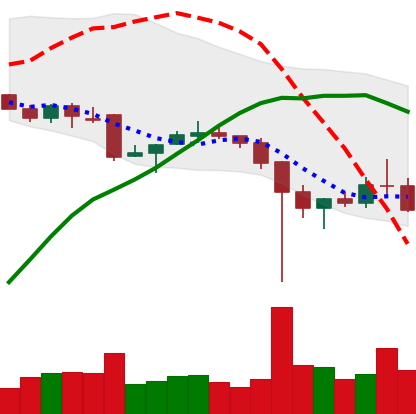
Ticker: XRP-USD
Chart end date: 2021-12-10
Forward return: 3.287%
Label: up_3_5